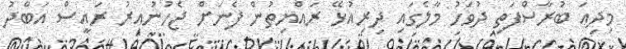
މިދިއަ ބުރާސްފަތި ދުވަހު މާލެގައި ދިރިއުޅޭ ރައްޔިތުން ފެނަށް ޖެހުނުއިރު ރައީސް އަބްދު